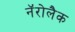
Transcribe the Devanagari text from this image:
नॅरोलैक